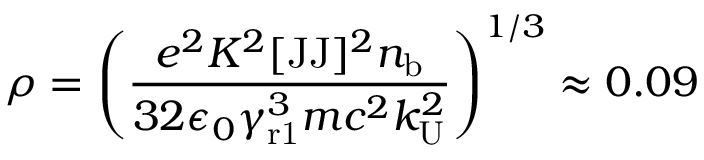
\rho = \left( \frac { e ^ { 2 } K ^ { 2 } [ \mathrm { J J } ] ^ { 2 } n _ { \mathrm { b } } } { 3 2 \epsilon _ { 0 } \gamma _ { \mathrm { r 1 } } ^ { 3 } m c ^ { 2 } k _ { \mathrm { U } } ^ { 2 } } \right) ^ { 1 / 3 } \approx 0 . 0 9